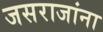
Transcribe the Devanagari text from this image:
जसराजांना